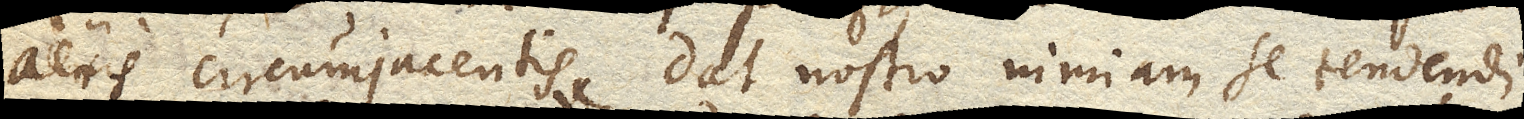
aeris circumjacentis dat nostro nimiam se tendendi